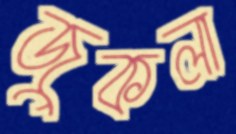
জুকলা